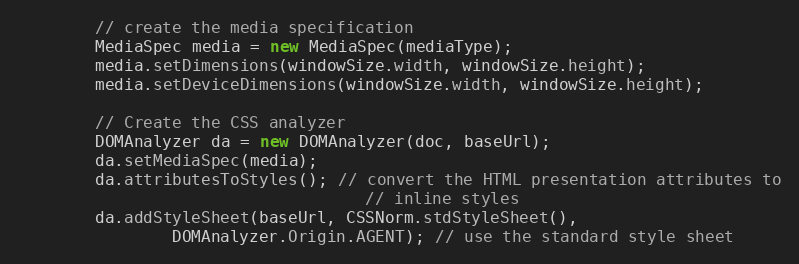
Language: Java
		// create the media specification
		MediaSpec media = new MediaSpec(mediaType);
		media.setDimensions(windowSize.width, windowSize.height);
		media.setDeviceDimensions(windowSize.width, windowSize.height);

		// Create the CSS analyzer
		DOMAnalyzer da = new DOMAnalyzer(doc, baseUrl);
		da.setMediaSpec(media);
		da.attributesToStyles(); // convert the HTML presentation attributes to
									// inline styles
		da.addStyleSheet(baseUrl, CSSNorm.stdStyleSheet(),
				DOMAnalyzer.Origin.AGENT); // use the standard style sheet